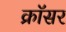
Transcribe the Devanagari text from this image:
क्रॉसर